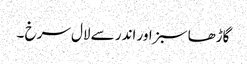
گاڑھا سبز اور اندر سے لال سرخ ۔